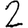
Digit: 2